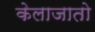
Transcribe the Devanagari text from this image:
केलाजातो